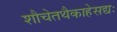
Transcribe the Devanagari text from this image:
शौचेतथैकाहेसद्यः